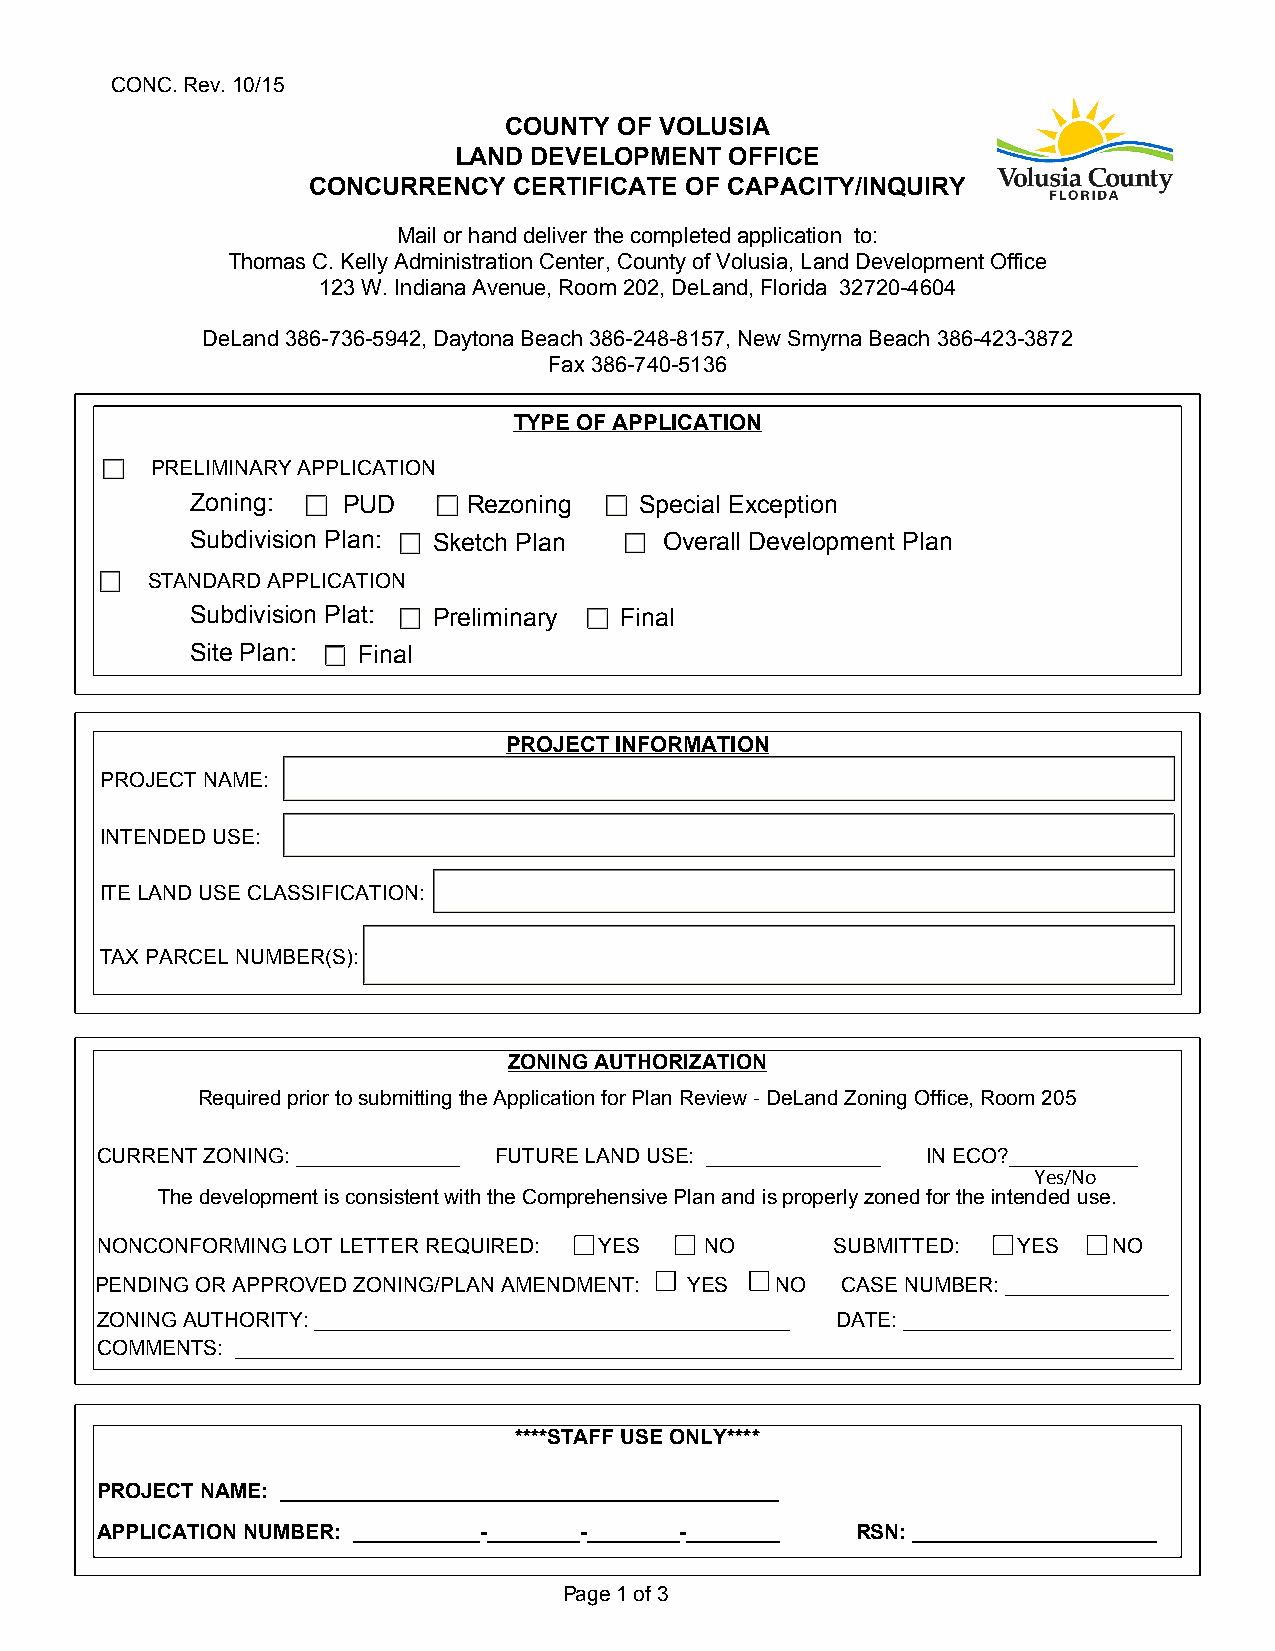
CONC. Rev. 10/15
 COUNTY  OF VOLUSIA
 LAND DEVELOPMENT  OFFICE
 CONCURRENCY   CERTIFICATE OF CAPACITY/INQUIRY
 Mail or hand deliver the completed application to:
 Thomas C. Kelly Administration Center, County of Volusia, Land Development Office
 123 W. Indiana Avenue, Room 202, DeLand, Florida 32720-4604
 DeLand 386-736-5942, Daytona Beach 386-248-8157, New Smyrna Beach 386-423-3872
 Fax 386-740-5136
 TYPE OF APPLICATION
 PRELIMINARY APPLICATION
 Zoning:   PUD     Rezoning   Special Exception
 Subdivision Plan: Sketch Plan  Overall Development Plan
 STANDARD APPLICATION
 Subdivision Plat: Preliminary Final
 Site Plan: Final
 PROJECT INFORMATION
 PROJECT NAME:
 INTENDED USE:
 ITE LAND USE CLASSIFICATION:
 TAX PARCEL NUMBER(S):
 ZONING AUTHORIZATION
 Required prior to submitting the Application for Plan Review - DeLand Zoning Office, Room 205
 CURRENT ZONING: ______________ FUTURE LAND USE: _______________ IN ECO?___________
 Yes/No
 The development is consistent with the Comprehensive Plan and is properly zoned for the intended use.
 NONCONFORMING LOT LETTER REQUIRED: YES   NO      SUBMITTED:  YES    NO
 PENDING OR APPROVED ZONING/PLAN AMENDMENT: YES NO CASE NUMBER: ______________
 ZONING AUTHORITY: _________________________________________ DATE: _______________________
 COMMENTS: _________________________________________________________________________________
 ****STAFF USE ONLY****
 PROJECT NAME: ___________________________________________
 APPLICATION NUMBER: ___________-________-________-________ RSN: _____________________
 Page 1 of 3